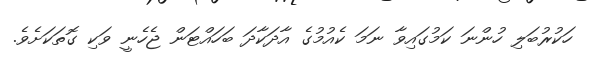
ހަކުރުބަލި ހުންނަ ކަމުގައިވާ ނަމަ ކެއުމުގެ އާދަކާދަ ބަހައްޓަން ޖެހެނީ ވަކި ގޮތަކަށެވެ.